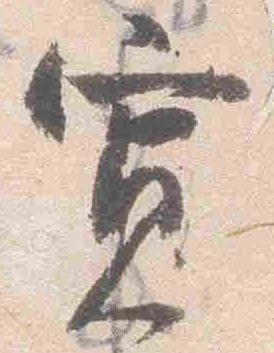
寛